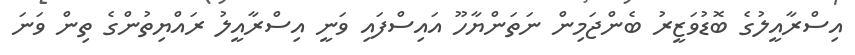
އިސްރާއީލުގެ ބޮޑުވަޒީރު ބެންޖަމިން ނަތަންޔާހޫ އައިސްފައި ވަނީ އިސްރާއީލު ރައްޔިތުންގެ ތިން ވަނަ